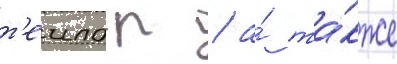
т'еилор / а́ та́кже